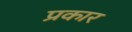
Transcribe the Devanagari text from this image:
प्रकार